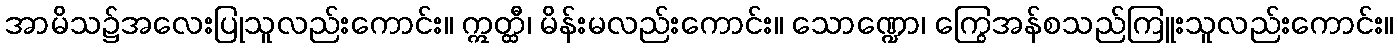
အာမိသ၌အလေးပြုသူလည်းကောင်း။ ဣတ္ထီ၊ မိန်းမလည်းကောင်း။ သောဏ္ဍော၊ ကြွေအန်စသည်ကြူးသူလည်းကောင်း။